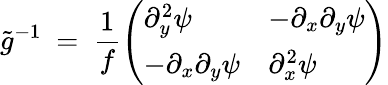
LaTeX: \tilde{g}^{-1}\ =\ \frac 1f\left(\begin{array}{ll}{\partial_{y}^{2}\psi}&{-\partial_{x}\partial_{y}\psi}\\ {-\partial_{x}\partial_{y}\psi}&{\partial_{x}^{2}\psi}\end{array}\right)